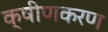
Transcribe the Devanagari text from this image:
क्षीणकरण